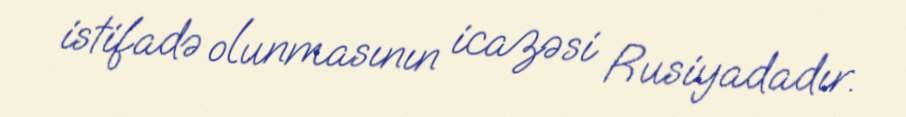
istifadə olunmasının icazəsi Rusiyadadır.